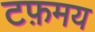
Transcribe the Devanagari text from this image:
टफ़मय